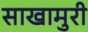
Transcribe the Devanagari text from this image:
साखामुरी